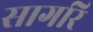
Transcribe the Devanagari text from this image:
सागरि